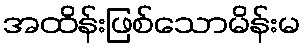
အထိန်းဖြစ်သောမိန်းမ